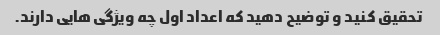
تحقیق کنید و توضیح دهید که اعداد اول چه ویژگی هایی دارند.